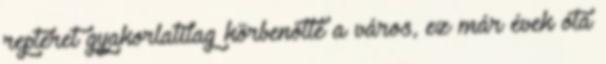
repteret gyakorlatilag körbenőtte a város, ez már évek óta